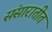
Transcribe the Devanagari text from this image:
संसारातीत